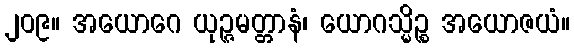
၂၀၉။ အယောဂေ ယုဉ္ဇမတ္တာနံ၊ ယောဂသ္မိဉ္စ အယောဇယံ။